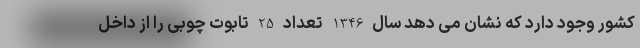
کشور وجود دارد که نشان می دهد سال 1346 تعداد 25 تابوت چوبی را از داخل